画像に写った文字を読んでください
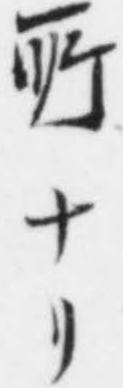
「𫝂ナリ」と書いてあります